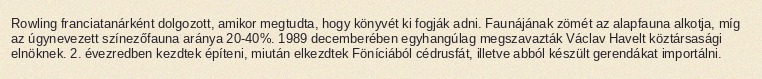
Rowling franciatanárként dolgozott, amikor megtudta, hogy könyvét ki fogják adni. Faunájának zömét az alapfauna alkotja, míg az úgynevezett színezőfauna aránya 20-40%. 1989 decemberében egyhangúlag megszavazták Václav Havelt köztársasági elnöknek. 2. évezredben kezdtek építeni, miután elkezdtek Föníciából cédrusfát, illetve abból készült gerendákat importálni.